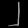
Digit: ၂